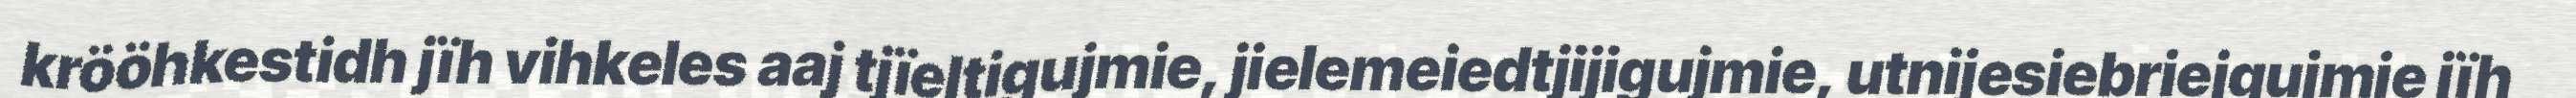
krööhkestidh jïh vihkeles aaj tjïeltigujmie, jielemeiedtjijigujmie, utnijesiebriejgujmie jïh